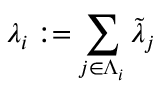
\lambda _ { i } : = \sum _ { j \in \Lambda _ { i } } \tilde { \lambda } _ { j }